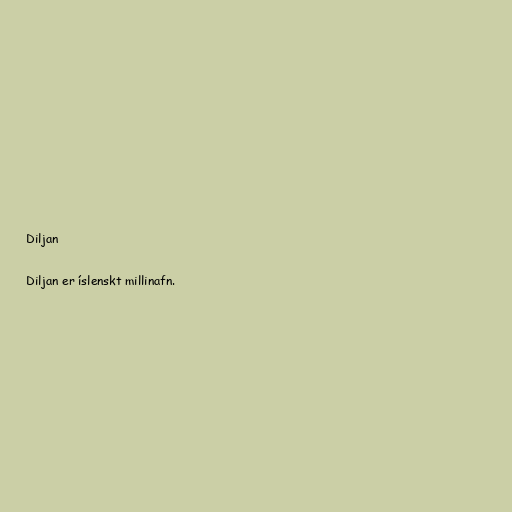
Diljan

Diljan er íslenskt millinafn.